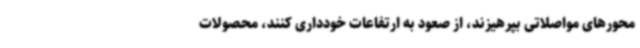
محورهای مواصلاتی بپرهیزند، از صعود به ارتفاعات خودداری کنند، محصولات